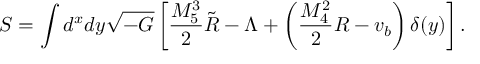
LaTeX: S = \int d ^ { x } d y \sqrt { - G } \left[ \frac { M _ { 5 } ^ { 3 } } { 2 } \tilde { R } - \Lambda + \left( \frac { M _ { 4 } ^ { 2 } } { 2 } R - v _ { b } \right) \delta ( y ) \right] .